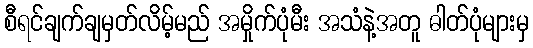
စီရင်ချက်ချမှတ်လိမ့်မည် အမှိုက်ပုံမီး အသံနဲ့အတူ ဓါတ်ပုံများမှ